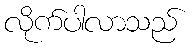
လိုက်ပါလာသည်